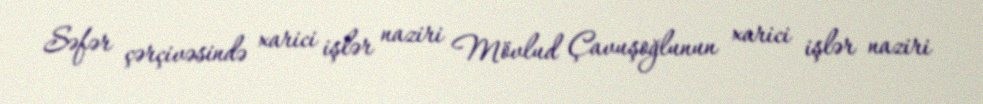
Səfər çərçivəsində xarici işlər naziri Mövlud Çavuşoğlunun xarici işlər naziri